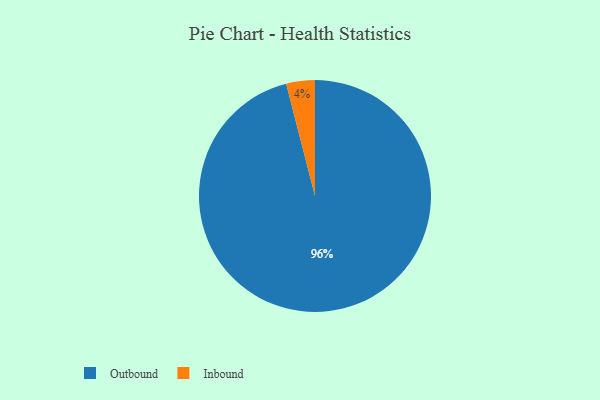
{"axis": {"x": "Category", "y": "Percentage"}, "legend": ["Inbound", "Outbound"], "data": [{"x": "Inbound", "y": 4, "type": "Inbound"}, {"x": "Outbound", "y": 96, "type": "Outbound"}]}